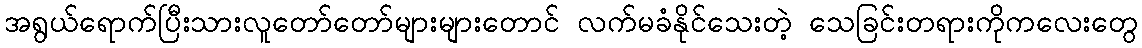
အရွယ်ရောက်ပြီးသားလူတော်တော်များများတောင် လက်မခံနိုင်သေးတဲ့ သေခြင်းတရားကိုကလေးတွေ